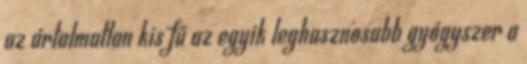
az ártalmatlan kis fű az egyik leghasznosabb gyógyszer a